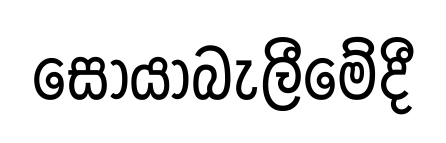
සොයාබැලීමේදී